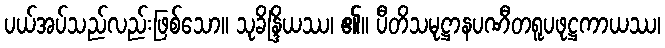
ပယ်အပ်သည်လည်းဖြစ်သော။ သုခိန္ဒြိယဿ၊ ၏။ ပီတိသမုဋ္ဌာနပဏီတရူပဖုဋ္ဌကာယဿ၊